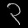
Digit: ၃